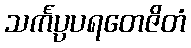
သင်္ကပ္ပပရတေဇိတံ